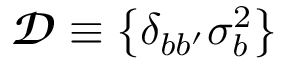
\begin{array} { r } { \mathbfcal { D } \equiv \left\{ \delta _ { b b ^ { \prime } } \sigma _ { b } ^ { 2 } \right\} } \end{array}